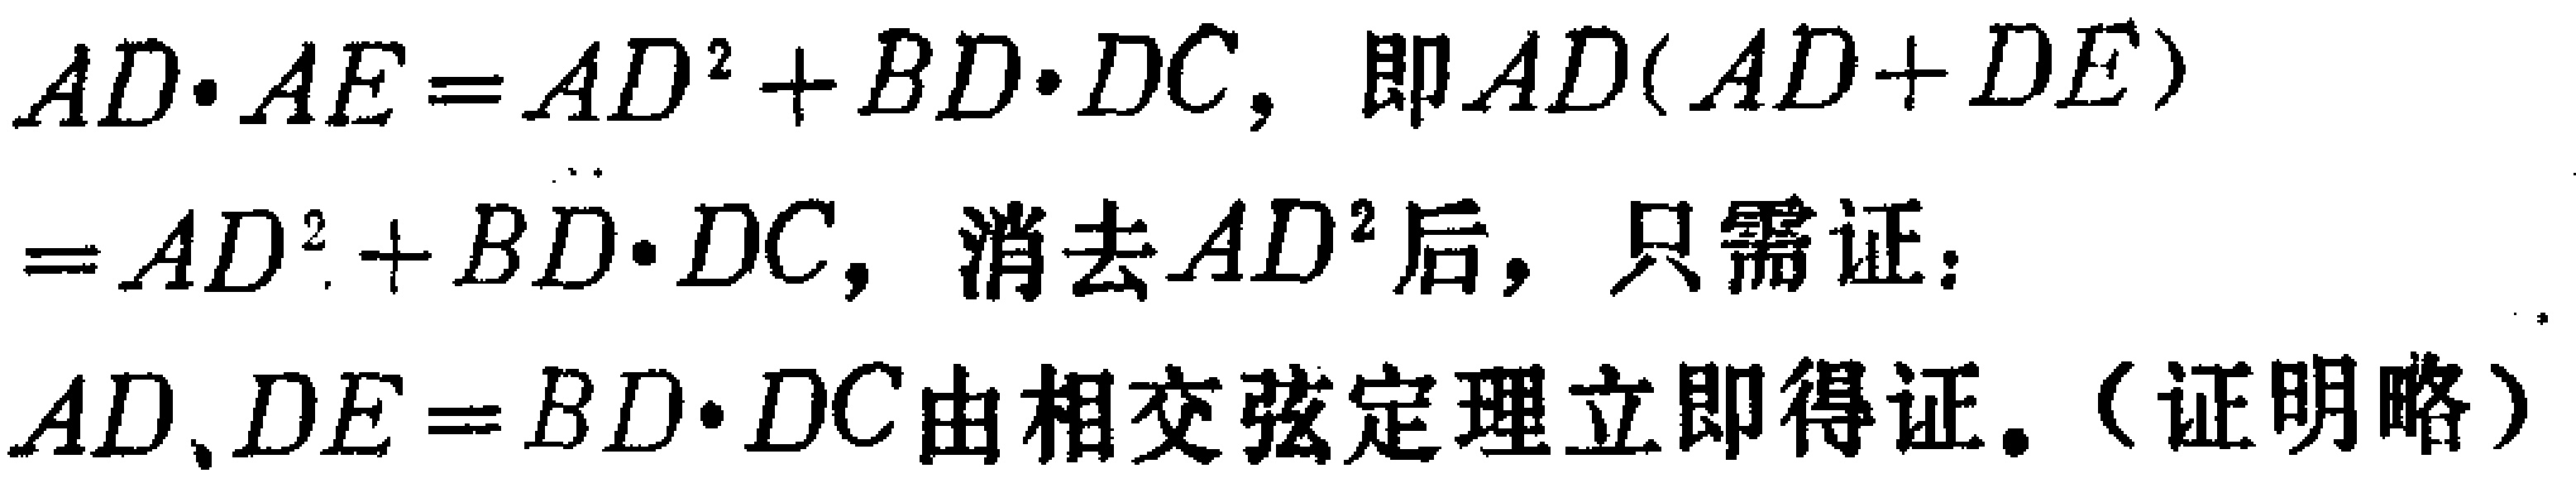
$AD\cdot AE = AD^{2}+BD\cdot DC,\ 即AD(AD + DE)=AD^{2}+BD\cdot DC,\ 消去AD^{2}后,\ 只需证：\\ AD、DE = BD\cdot DC由相交弦定理立即得证。（证明略）$